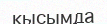
кысымда